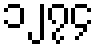
၁၂၇၄